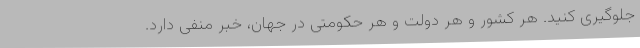
جلوگیری کنید. هر کشور و هر دولت و هر حکومتی در جهان، خبر منفی دارد.